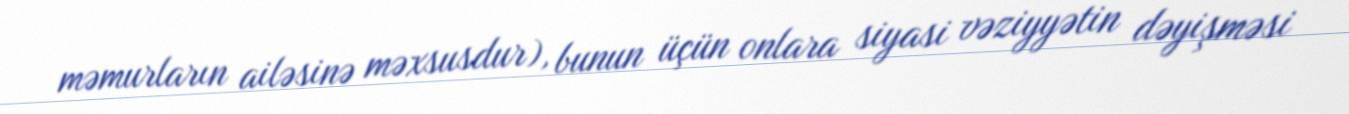
məmurların ailəsinə məxsusdur), bunun üçün onlara siyasi vəziyyətin dəyişməsi